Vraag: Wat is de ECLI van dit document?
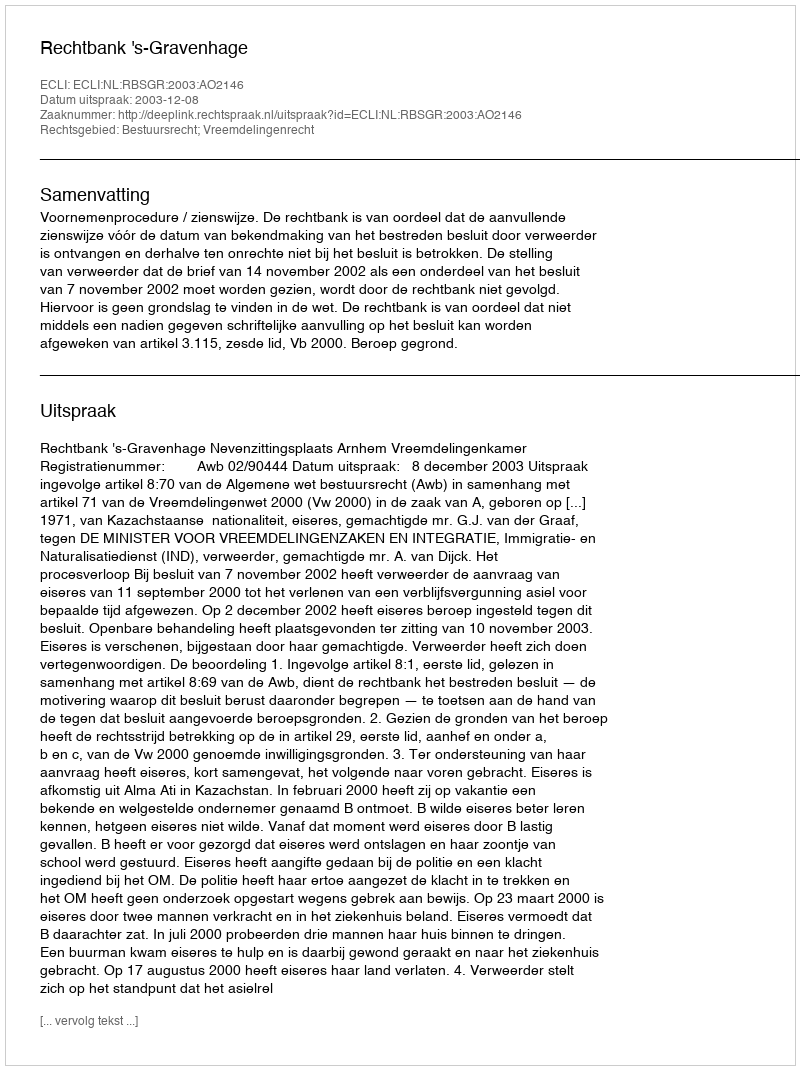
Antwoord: ECLI:NL:RBSGR:2003:AO2146